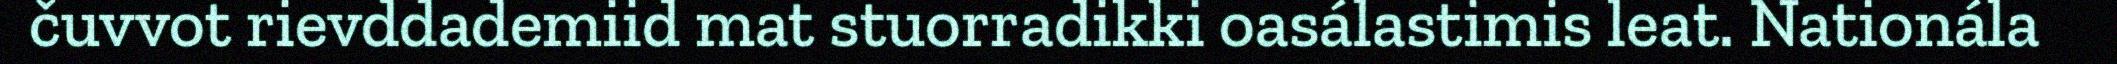
čuvvot rievddademiid mat stuorradikki oasálastimis leat. Nationála